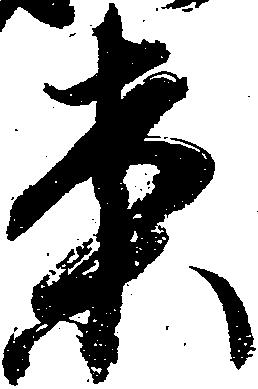
案